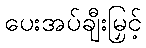
ပေးအပ်ချီးမြှင့်